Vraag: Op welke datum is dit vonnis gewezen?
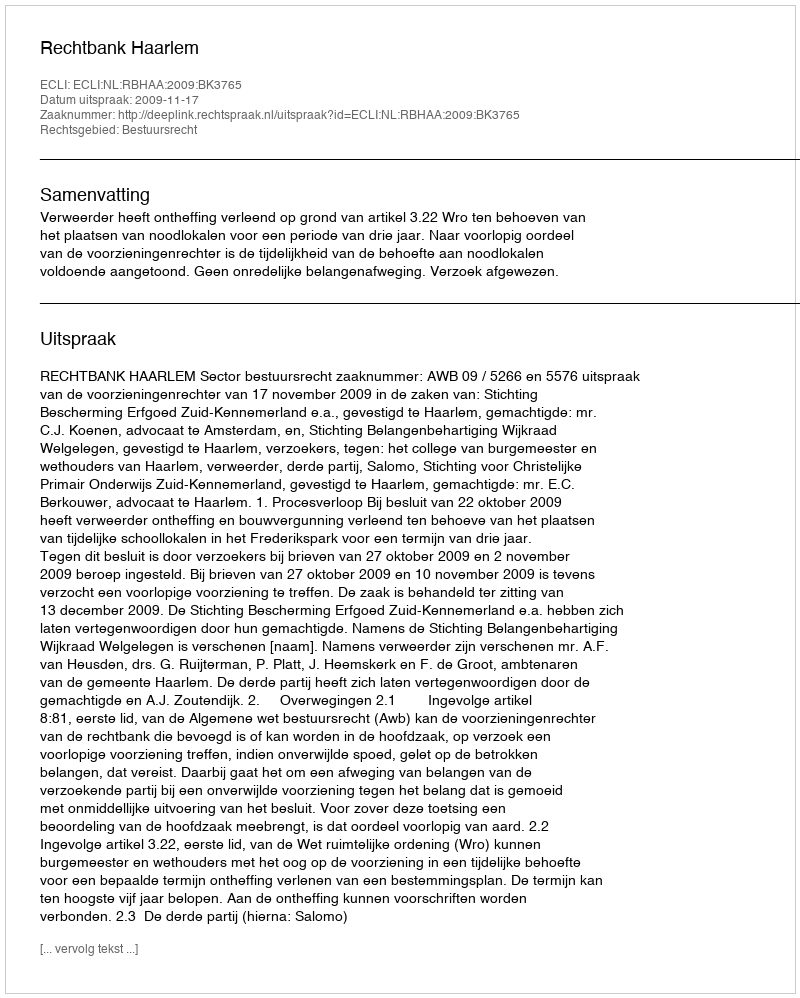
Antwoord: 2009-11-17